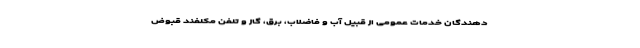
دهندگان خدمات عمومی از قبیل آب و فاضلاب، برق، گاز و تلفن مکلفند قبوض